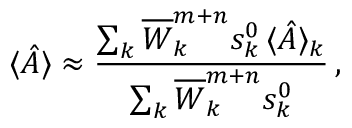
\langle \hat { A } \rangle \approx \frac { \sum _ { k } \overline { { W } } _ { k } ^ { m + n } s _ { k } ^ { 0 } \, \langle \hat { A } \rangle _ { k } } { \sum _ { k } \overline { { W } } _ { k } ^ { m + n } s _ { k } ^ { 0 } } \, ,